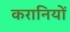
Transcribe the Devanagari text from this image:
करानियों